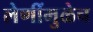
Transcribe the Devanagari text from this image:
लेणींमुळेच